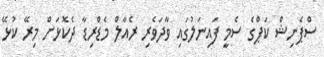
ސްޕެނިޝް ކަޕްގެ ސެމީ ފައިނަލުގައި ވާދަވެރި ރެއާލް މެޑްރިޑާ ދެކޮޅަށް މިރޭ ކުޅޭ